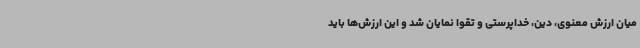
میان ارزش معنوی، دین، خداپرستی و تقوا نمایان شد و این ارزش‌ها باید